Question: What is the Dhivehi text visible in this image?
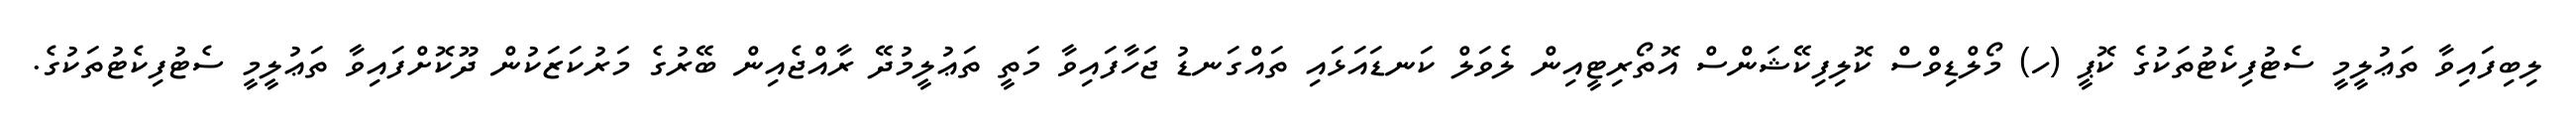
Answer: ލިބިފައިވާ ތަޢުލީމީ ސެޓުފިކެޓުތަކުގެ ކޮޕީ (ހ) މޯލްޑިވްސް ކޮލިފިކޭޝަންސް އޮތޯރިޓީއިން ލެވަލް ކަނޑައަޅައި ތައްގަނޑު ޖަހާފައިވާ މަތީ ތަޢުލީމުދޭ ރާއްޖެއިން ބޭރުގެ މަރުކަޒަކުން ދޫކޮށްފައިވާ ތަޢުލީމީ ސެޓުފިކެޓުތަކުގެ.